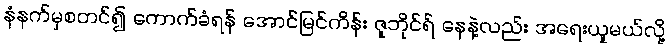
နံနက်မှစတင်၍ ကောက်ခံရန် အောင်မြင်ကိန်း ဇူဘိုင်ရ် နေနဲ့လည်း အရေးယူမယ်လို့